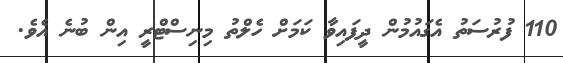
110 ފުރުސަތު އެގައުމުން ދީފައިވާ ކަމަށް ހެލްތު މިނިސްޓްރީ އިން ބުނެ އެވެ.